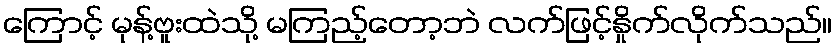
ကြောင့် မုန့်ဗူးထဲသို့ မကြည့်တော့ဘဲ လက်ဖြင့်နှိုက်လိုက်သည်။